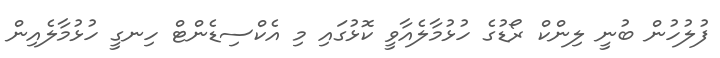
ފުލުހުން ބުނީ ލިންކް ރޯޑުގެ ހުޅުމާލެއާވީ ކޮޅުގައި މި އެކްސިޑެންޓް ހިނގީ ހުޅުމާލެއިން